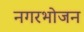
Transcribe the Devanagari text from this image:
नगरभोजन